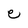
Character: e